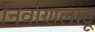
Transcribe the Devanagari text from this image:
निर्वाणलाडू